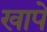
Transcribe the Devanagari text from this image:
खापें